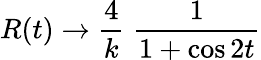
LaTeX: R(t)\rightarrow\frac{4}{k}\; \frac{1}{1+\cos 2t}